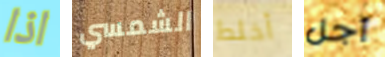
اذا الشمسي أخلط أجل